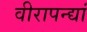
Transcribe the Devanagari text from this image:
वीरापन्द्यां